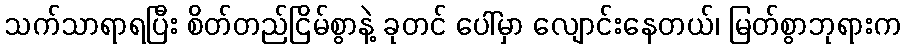
သက်သာရာရပြီး စိတ်တည်ငြိမ်စွာနဲ့ ခုတင် ပေါ်မှာ လျောင်းနေတယ်၊ မြတ်စွာဘုရားက